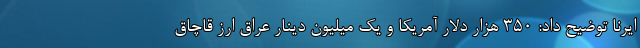
ایرنا توضیح داد: ۳۵۰ هزار دلار آمریکا و یک میلیون دینار عراق ارز قاچاق